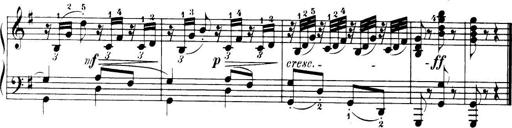
Title: 32 Sonatinas and Rondos for the Piano
Composer: Richard Kleinmichel